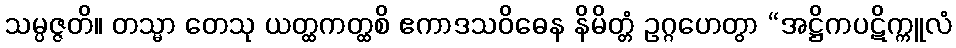
သမ္ပဇ္ဇတိ။ တသ္မာ တေသု ယတ္ထကတ္ထစိ ဧကာဒသဝိဓေန နိမိတ္တံ ဥဂ္ဂဟေတွာ “အဋ္ဌိကပဋိက္ကူလံ